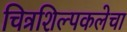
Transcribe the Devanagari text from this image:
चित्रशिल्पकलेचा